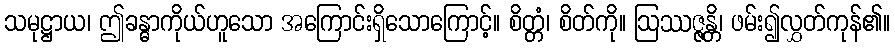
သမုဋ္ဌာယ၊ ဤခန္ဓာကိုယ်ဟူသော အကြောင်းရှိသောကြောင့်။ စိတ္တံ၊ စိတ်ကို။ ဩဿဇ္ဇန္တိ၊ ဖမ်း၍လွှတ်ကုန်၏။